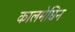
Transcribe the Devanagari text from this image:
कालमेघिन